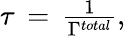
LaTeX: \begin{array}{r}{{}\tau\, =\, \frac{1}{\Gamma^{total}},}\end{array}